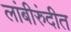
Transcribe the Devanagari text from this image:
लांबीरुंदीत